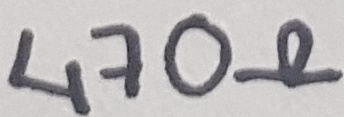
Text: 470Ω